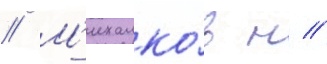
// М'ихалко́в н //